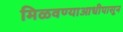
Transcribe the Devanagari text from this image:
मिळवण्याआधीपासून